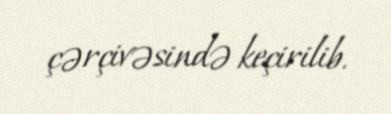
çərçivəsində keçirilib.